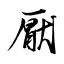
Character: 厭